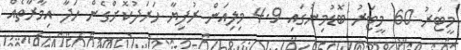
މީޓަރު 60 މީޓަރު ބޮޑުމިނުގައި 4.9 މިލިއަން ރުފިޔާ ހަރަދުކޮށްގެން ހަދާ އިމާރާތެއް